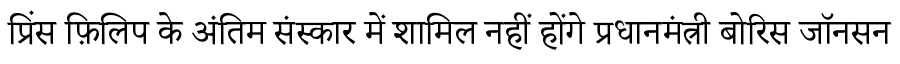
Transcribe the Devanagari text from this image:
प्रिंस फ़िलिप के अंतिम संस्कार में शामिल नहीं होंगे प्रधानमंत्री बोरिस जॉनसन